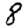
Digit: 8